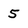
Character: 5